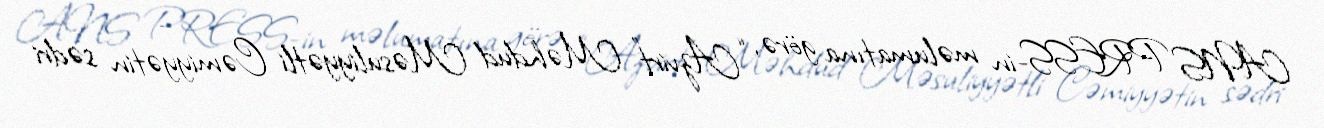
ANS PRESS-in məlumatına görə, “Azvirt” Məhdud Məsuliyyətli Cəmiyyətin sədri